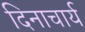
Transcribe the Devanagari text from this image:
दिनाचार्य